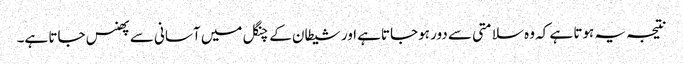
نتیجہ یہ ہوتا ہے کہ وہ سلامتی سے دور ہوجاتاہے اور شیطان کے چنگل میں آسانی سے پھنس جاتا ہے۔